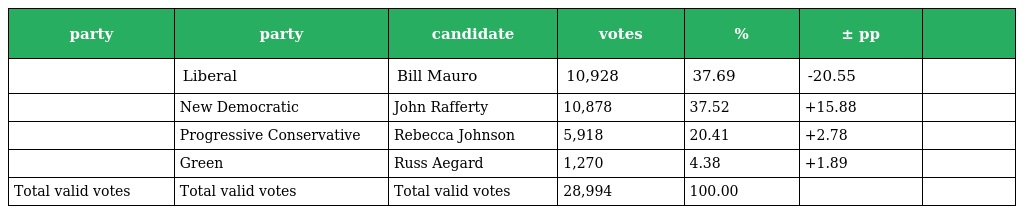
| party | party | candidate | votes | % | ± pp |  |
 | --- | --- | --- | --- | --- | --- | --- |
 |  | Liberal | Bill Mauro | 10,928 | 37.69 | -20.55 |  |
 |  | New Democratic | John Rafferty | 10,878 | 37.52 | +15.88 |  |
 |  | Progressive Conservative | Rebecca Johnson | 5,918 | 20.41 | +2.78 |  |
 |  | Green | Russ Aegard | 1,270 | 4.38 | +1.89 |  |
 | Total valid votes | Total valid votes | Total valid votes | 28,994 | 100.00 |  |  |